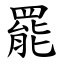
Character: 罷